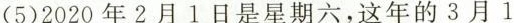
(5)2020年2月1日是星期六，这年的3月1